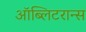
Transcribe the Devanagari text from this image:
ऑब्लिटरान्स